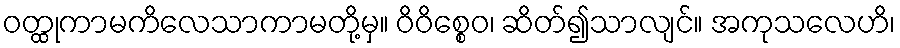
ဝတ္ထုကာမကိလေသာကာမတို့မှ။ ဝိဝိစ္စေဝ၊ ဆိတ်၍သာလျင်။ အကုသလေဟိ၊